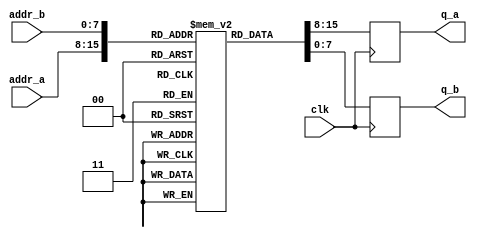
// Quartus II Verilog Template
// Dual Port ROM

module infer_dual_port_rom
#(parameter DATA_WIDTH=8, parameter ADDR_WIDTH=8)
(
	input [(ADDR_WIDTH-1):0] addr_a, addr_b,
	input clk, 
	output reg [(DATA_WIDTH-1):0] q_a, q_b
);

	// Declare the ROM variable
	(* ram_init_file = "../orig/memory_test.mif" *) reg [DATA_WIDTH-1:0] rom[2**ADDR_WIDTH-1:0];

	always @ (posedge clk)
	begin
		q_a <= rom[addr_a];
		q_b <= rom[addr_b];
	end

endmodule